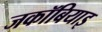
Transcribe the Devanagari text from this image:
जकॉबियाइ